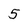
Character: 5